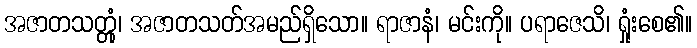
အဇာတသတ္တုံ၊ အဇာတသတ်အမည်ရှိသော။ ရာဇာနံ၊ မင်းကို။ ပရာဇေသိ၊ ရှုံးစေ၏။